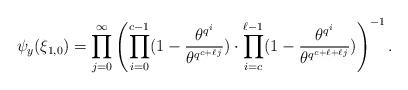
LaTeX: \begin{align*}\psi_{y}(\xi_{1,0})=\prod_{j=0}^\infty\left(\prod_{i=0}^{c-1}(1-\frac{\theta^{q^i}}{\theta^{q^{c+\ell j}}}) \cdot \prod_{i=c}^{\ell-1}(1-\frac{\theta^{q^i}}{\theta^{q^{c+\ell+\ell j}}})\right)^{-1}.\end{align*}